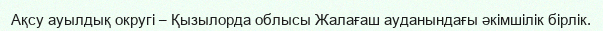
Ақсу ауылдық округі – Қызылорда облысы Жалағаш ауданындағы әкімшілік бірлік.